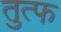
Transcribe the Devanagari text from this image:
तुत्फ